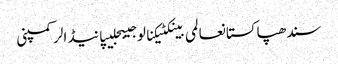
سندھپاکستانعالمی بینکٹیکنالوجیبجلیپانیڈالرکمپنی